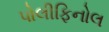
પોલીફિનોલ